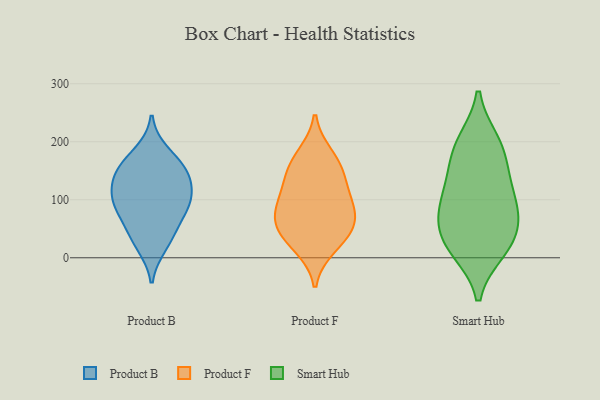
{"axis": {"x": "Backlog", "y": "Value"}, "legend": ["Product B", "Product F", "Smart Hub"], "data": [{"x": "", "y": 91, "type": "Product B"}, {"x": "", "y": 94, "type": "Product B"}, {"x": "", "y": 95, "type": "Product B"}, {"x": "", "y": 105, "type": "Product B"}, {"x": "", "y": 59, "type": "Product B"}, {"x": "", "y": 181, "type": "Product B"}, {"x": "", "y": 37, "type": "Product B"}, {"x": "", "y": 149, "type": "Product B"}, {"x": "", "y": 156, "type": "Product B"}, {"x": "", "y": 131, "type": "Product B"}, {"x": "", "y": 21, "type": "Product B"}, {"x": "", "y": 146, "type": "Product B"}, {"x": "", "y": 108, "type": "Product F"}, {"x": "", "y": 143, "type": "Product F"}, {"x": "", "y": 78, "type": "Product F"}, {"x": "", "y": 60, "type": "Product F"}, {"x": "", "y": 20, "type": "Product F"}, {"x": "", "y": 155, "type": "Product F"}, {"x": "", "y": 176, "type": "Product F"}, {"x": "", "y": 57, "type": "Product F"}, {"x": "", "y": 37, "type": "Product F"}, {"x": "", "y": 97, "type": "Product F"}, {"x": "", "y": 200, "type": "Smart Hub"}, {"x": "", "y": 52, "type": "Smart Hub"}, {"x": "", "y": 140, "type": "Smart Hub"}, {"x": "", "y": 13, "type": "Smart Hub"}, {"x": "", "y": 88, "type": "Smart Hub"}, {"x": "", "y": 117, "type": "Smart Hub"}, {"x": "", "y": 16, "type": "Smart Hub"}, {"x": "", "y": 169, "type": "Smart Hub"}, {"x": "", "y": 197, "type": "Smart Hub"}, {"x": "", "y": 88, "type": "Smart Hub"}, {"x": "", "y": 27, "type": "Smart Hub"}, {"x": "", "y": 68, "type": "Smart Hub"}]}